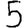
Digit: 5